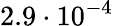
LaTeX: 2.9\cdot 10^{-4}